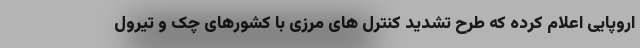
اروپایی اعلام کرده که طرح تشدید کنترل های مرزی با کشورهای چک و تیرول